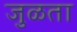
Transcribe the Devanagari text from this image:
जुळता